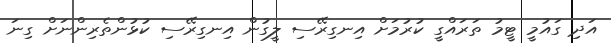
އަދި ގައުމީ ޓީމު ތަރައްގީ ކުރުމަށް އިނގިރޭސި ލީގުން އިނގިރޭސި ކުޅުންތެރިންނަށް ގިނަ